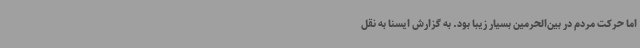
اما حرکت مردم در بین‌الحرمین بسیار زیبا بود. به گزارش ایسنا به نقل